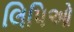
લિપિઓ